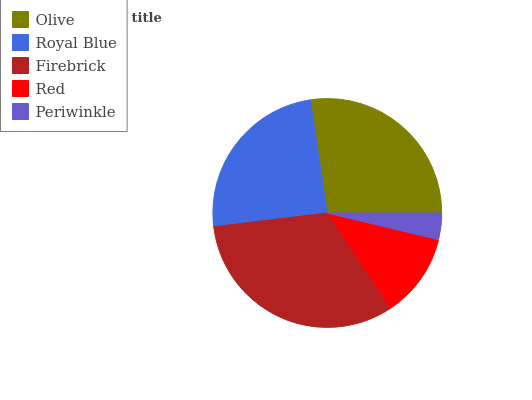
| Olive | Royal Blue | Firebrick | Red | Periwinkle |
 | --- | --- | --- | --- | --- |
 | 27.4% | 24.5% | 32.5% | 11.9% | 3.74% |